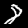
Digit: 8